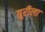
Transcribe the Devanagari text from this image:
युरीला